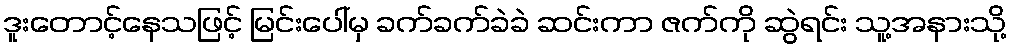
ဒူးတောင့်နေသဖြင့် မြင်းပေါ်မှ ခက်ခက်ခဲခဲ ဆင်းကာ ဇက်ကို ဆွဲရင်း သူ့အနားသို့